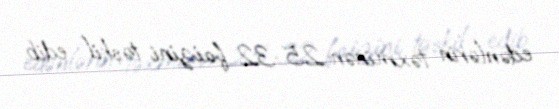
edənlərin təxminən 25-32 faizini təşkil edib.